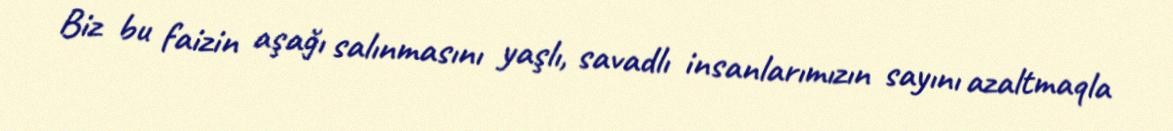
Biz bu faizin aşağı salınmasını yaşlı, savadlı insanlarımızın sayını azaltmaqla